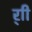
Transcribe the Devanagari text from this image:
र्‍ाी